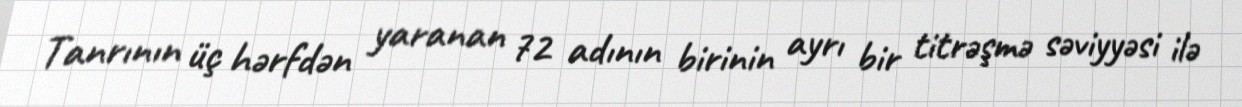
Tanrının üç hərfdən yaranan 72 adının birinin ayrı bir titrəşmə səviyyəsi ilə